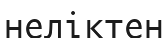
неліктен